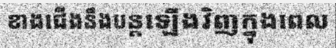
ខាងជើងនឹងបន្តឡើងវិញក្នុងពេល